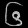
Digit: ၆